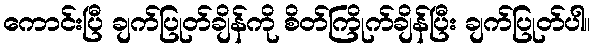
ကောင်းပြီ ချက်ပြုတ်ချိန်ကို စိတ်ကြိုက်ချိန်ပြီး ချက်ပြုတ်ပါ။